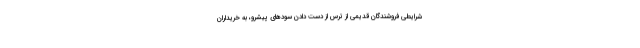
شرایطی فروشندگان قدیمی از ترس از دست دادن سود‌های پیشرو، به خریداران